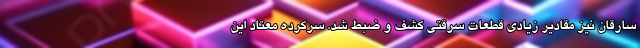
سارقان نیز مقادیر زیادی قطعات سرقتی کشف و ضبط شد. سرکرده معتاد این